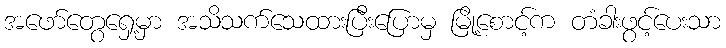
အဖော်တွေရှေ့မှာ အသိသက်သေထားပြီးပြောမှ မြို့စောင့်က တံခါးဖွင့်ပေးသာ